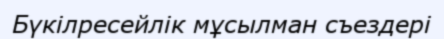
Бүкілресейлік мұсылман съездері